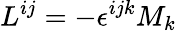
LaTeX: L^{ij}=-\epsilon^{ijk}M_{k}